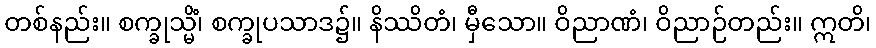
တစ်နည်း။ စက္ခုသ္မိံ၊ စက္ခုပသာဒ၌။ နိဿိတံ၊ မှီသော။ ဝိညာဏံ၊ ဝိညာဉ်တည်း။ ဣတိ၊